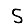
Digit: 5